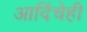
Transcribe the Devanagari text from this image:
आदिंचेही